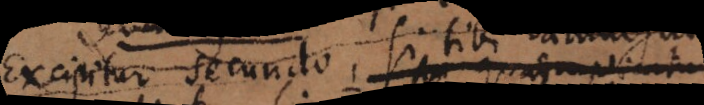
Excipitur secundo, si tibi